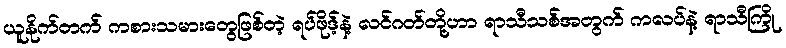
ယူနိုက်တက် ကစားသမားတွေဖြစ်တဲ့ ရပ်ဖိုဒ့်နဲ့ လင်ဂတ်တို့ဟာ ရာသီသစ်အတွက် ကလပ်နဲ့ ရာသီကြို